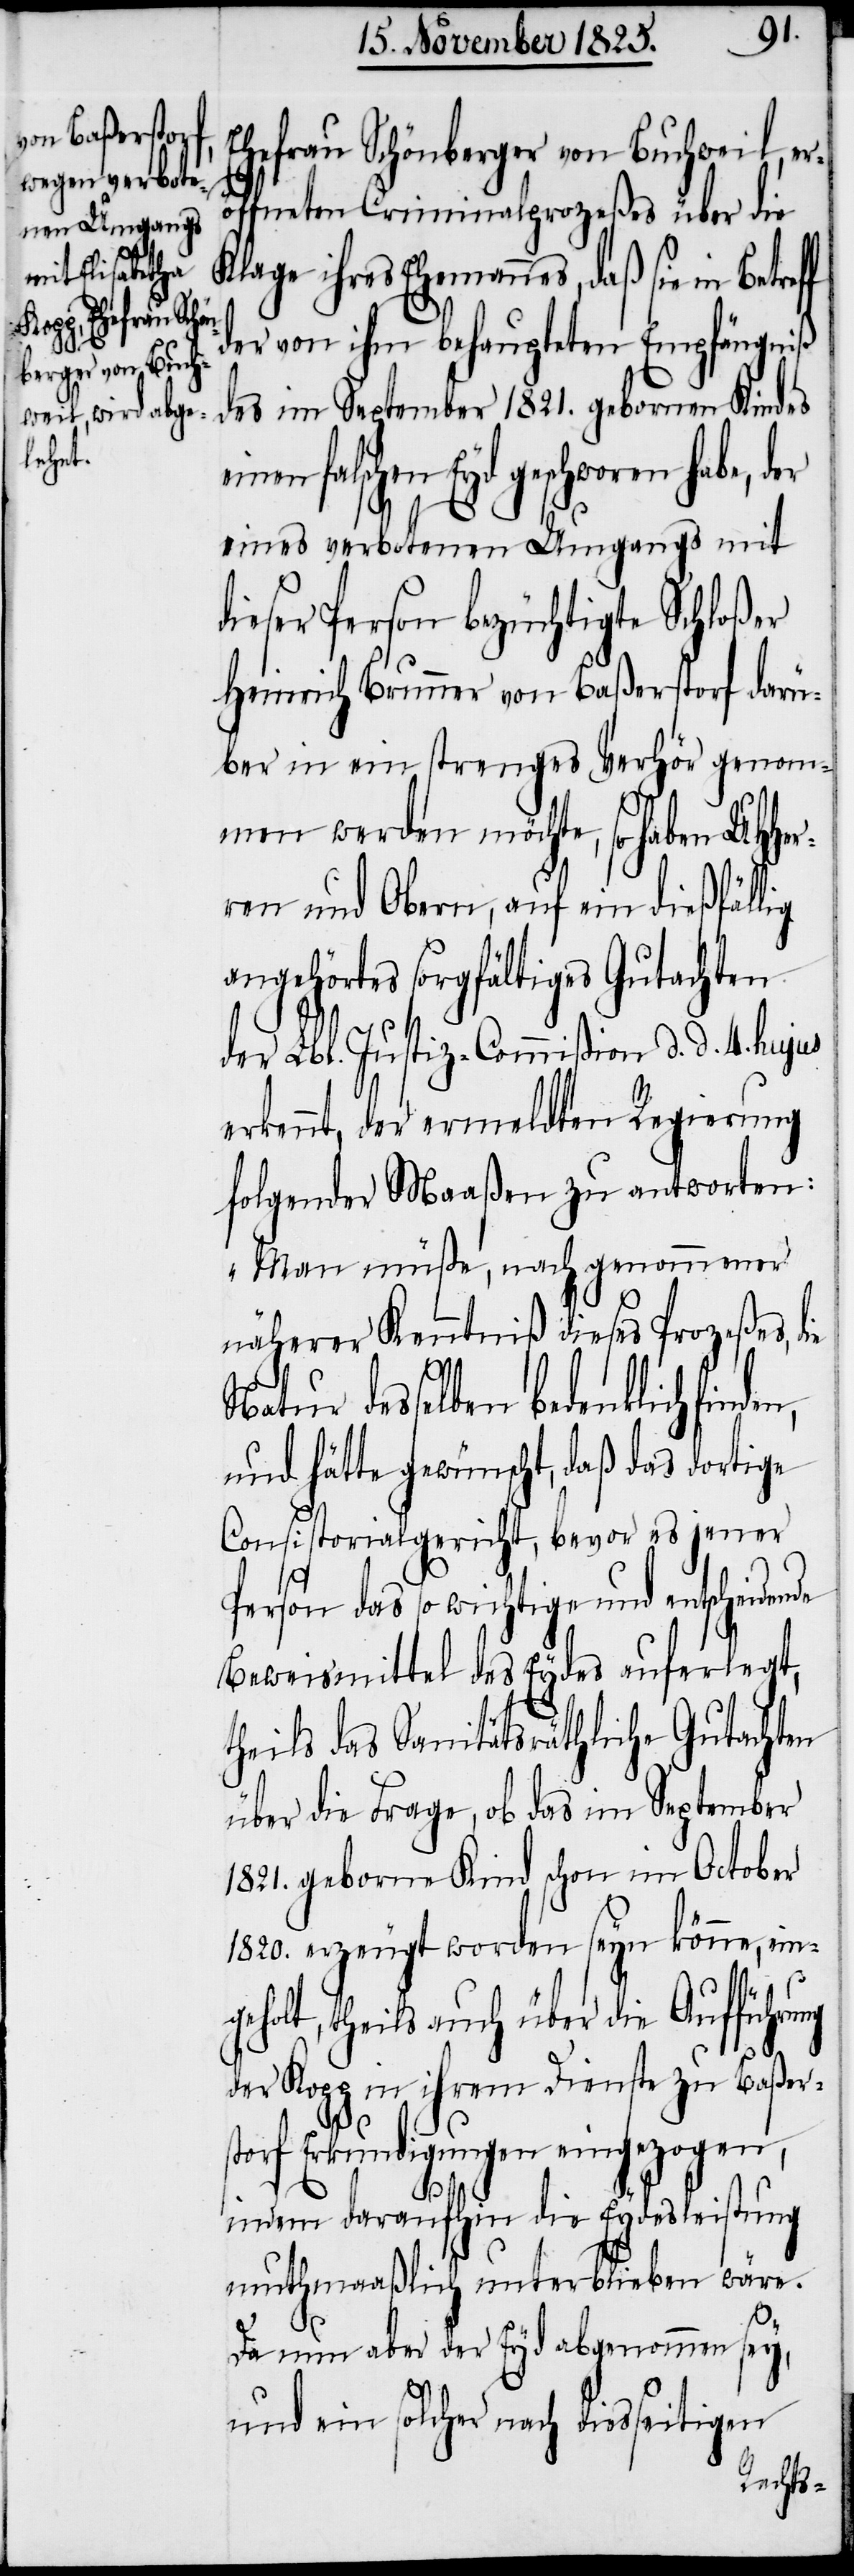
ng
Ehefrau Schönberger von Buchweil, e¬
röffneten Criminalprozeßes über die
Klage ihres Ehemannes, daß sie in
tscheidende
der von ihm behaupteten Empfängniß
des im September 1821. gebornen Kindes
eines verbotenen Umgangs mit
dieser Person bezüchtigte Schloßer
Heinrich Brunner von Baßerstorf darü¬
ber in ein strenges Verhör genom¬
men werden möchte, so haben UHHe¬
rren und Obern, auf ein dießfällig
angehörtes sorgfältiges Gutachten
der Lbl. Justiz-Commißion d. d. 4. hujus
erkennt, der ermeldten Regierung
folgender Maaßen zu antworten:
„Man müße, nach genommener
näherer Kenntniß dieses Prozeßes, die
Natur desselben bedenklich
und hätte gewünscht, daß das dortige
Consistorialgericht, bevor es jener
Beweismittel des Eydes auferlegt,
theils das Sanitätsräthliche Gutachten
über die Frage, ob das im September
1821. geborne Kind schon im October
1820. erzeugt worden seyn könne, eing¬
eholt, theils auch über die Aufführu¬
der Kopp in ihrem Dienste zu Baßers¬
torf Erkundigungen eingezogen,
indem daraufhin die Eydesleistung
muthmaaßlich unterblieben wäre.
Da nun aber der Eyd abgenommen sey,
und ein solcher nach diesseitigen